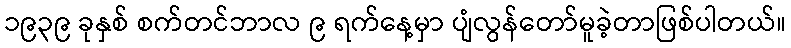
၁၉၃၉ ခုနှစ် စက်တင်ဘာလ ၉ ရက်နေ့မှာ ပျံလွန်တော်မူခဲ့တာဖြစ်ပါတယ်။